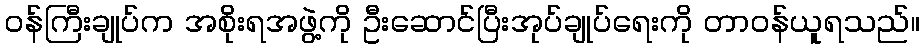
ဝန်ကြီးချုပ်က အစိုးရအဖွဲ့ကို ဦးဆောင်ပြီးအုပ်ချုပ်ရေးကို တာဝန်ယူရသည်။